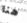
هنا